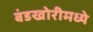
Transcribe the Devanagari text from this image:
बंडखोरीमध्ये